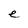
Character: e